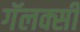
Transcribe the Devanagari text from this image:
गॅलक्सी